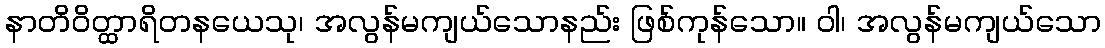
နာတိဝိတ္ထာရိတနယေသု၊ အလွန်မကျယ်သောနည်း ဖြစ်ကုန်သော။ ဝါ၊ အလွန်မကျယ်သော